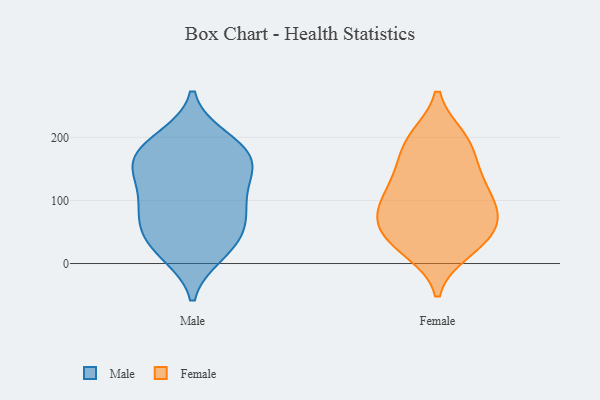
{"axis": {"x": "Budget (USD K)", "y": "Value"}, "legend": ["Female", "Male"], "data": [{"x": "", "y": 122, "type": "Male"}, {"x": "", "y": 155, "type": "Male"}, {"x": "", "y": 83, "type": "Male"}, {"x": "", "y": 179, "type": "Male"}, {"x": "", "y": 159, "type": "Male"}, {"x": "", "y": 46, "type": "Male"}, {"x": "", "y": 17, "type": "Male"}, {"x": "", "y": 69, "type": "Male"}, {"x": "", "y": 176, "type": "Male"}, {"x": "", "y": 145, "type": "Male"}, {"x": "", "y": 32, "type": "Male"}, {"x": "", "y": 150, "type": "Male"}, {"x": "", "y": 92, "type": "Male"}, {"x": "", "y": 59, "type": "Male"}, {"x": "", "y": 15, "type": "Male"}, {"x": "", "y": 199, "type": "Male"}, {"x": "", "y": 101, "type": "Male"}, {"x": "", "y": 195, "type": "Male"}, {"x": "", "y": 199, "type": "Female"}, {"x": "", "y": 196, "type": "Female"}, {"x": "", "y": 30, "type": "Female"}, {"x": "", "y": 49, "type": "Female"}, {"x": "", "y": 63, "type": "Female"}, {"x": "", "y": 144, "type": "Female"}, {"x": "", "y": 21, "type": "Female"}, {"x": "", "y": 108, "type": "Female"}, {"x": "", "y": 32, "type": "Female"}, {"x": "", "y": 192, "type": "Female"}, {"x": "", "y": 153, "type": "Female"}, {"x": "", "y": 92, "type": "Female"}, {"x": "", "y": 97, "type": "Female"}, {"x": "", "y": 129, "type": "Female"}, {"x": "", "y": 72, "type": "Female"}, {"x": "", "y": 73, "type": "Female"}]}